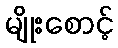
မျိုးစောင့်